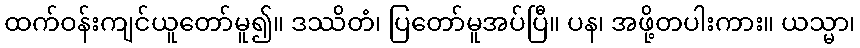
ထက်ဝန်းကျင်ယူတော်မူ၍။ ဒဿိတံ၊ ပြတော်မူအပ်ပြီ။ ပန၊ အဖို့တပါးကား။ ယသ္မာ၊